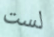
لست